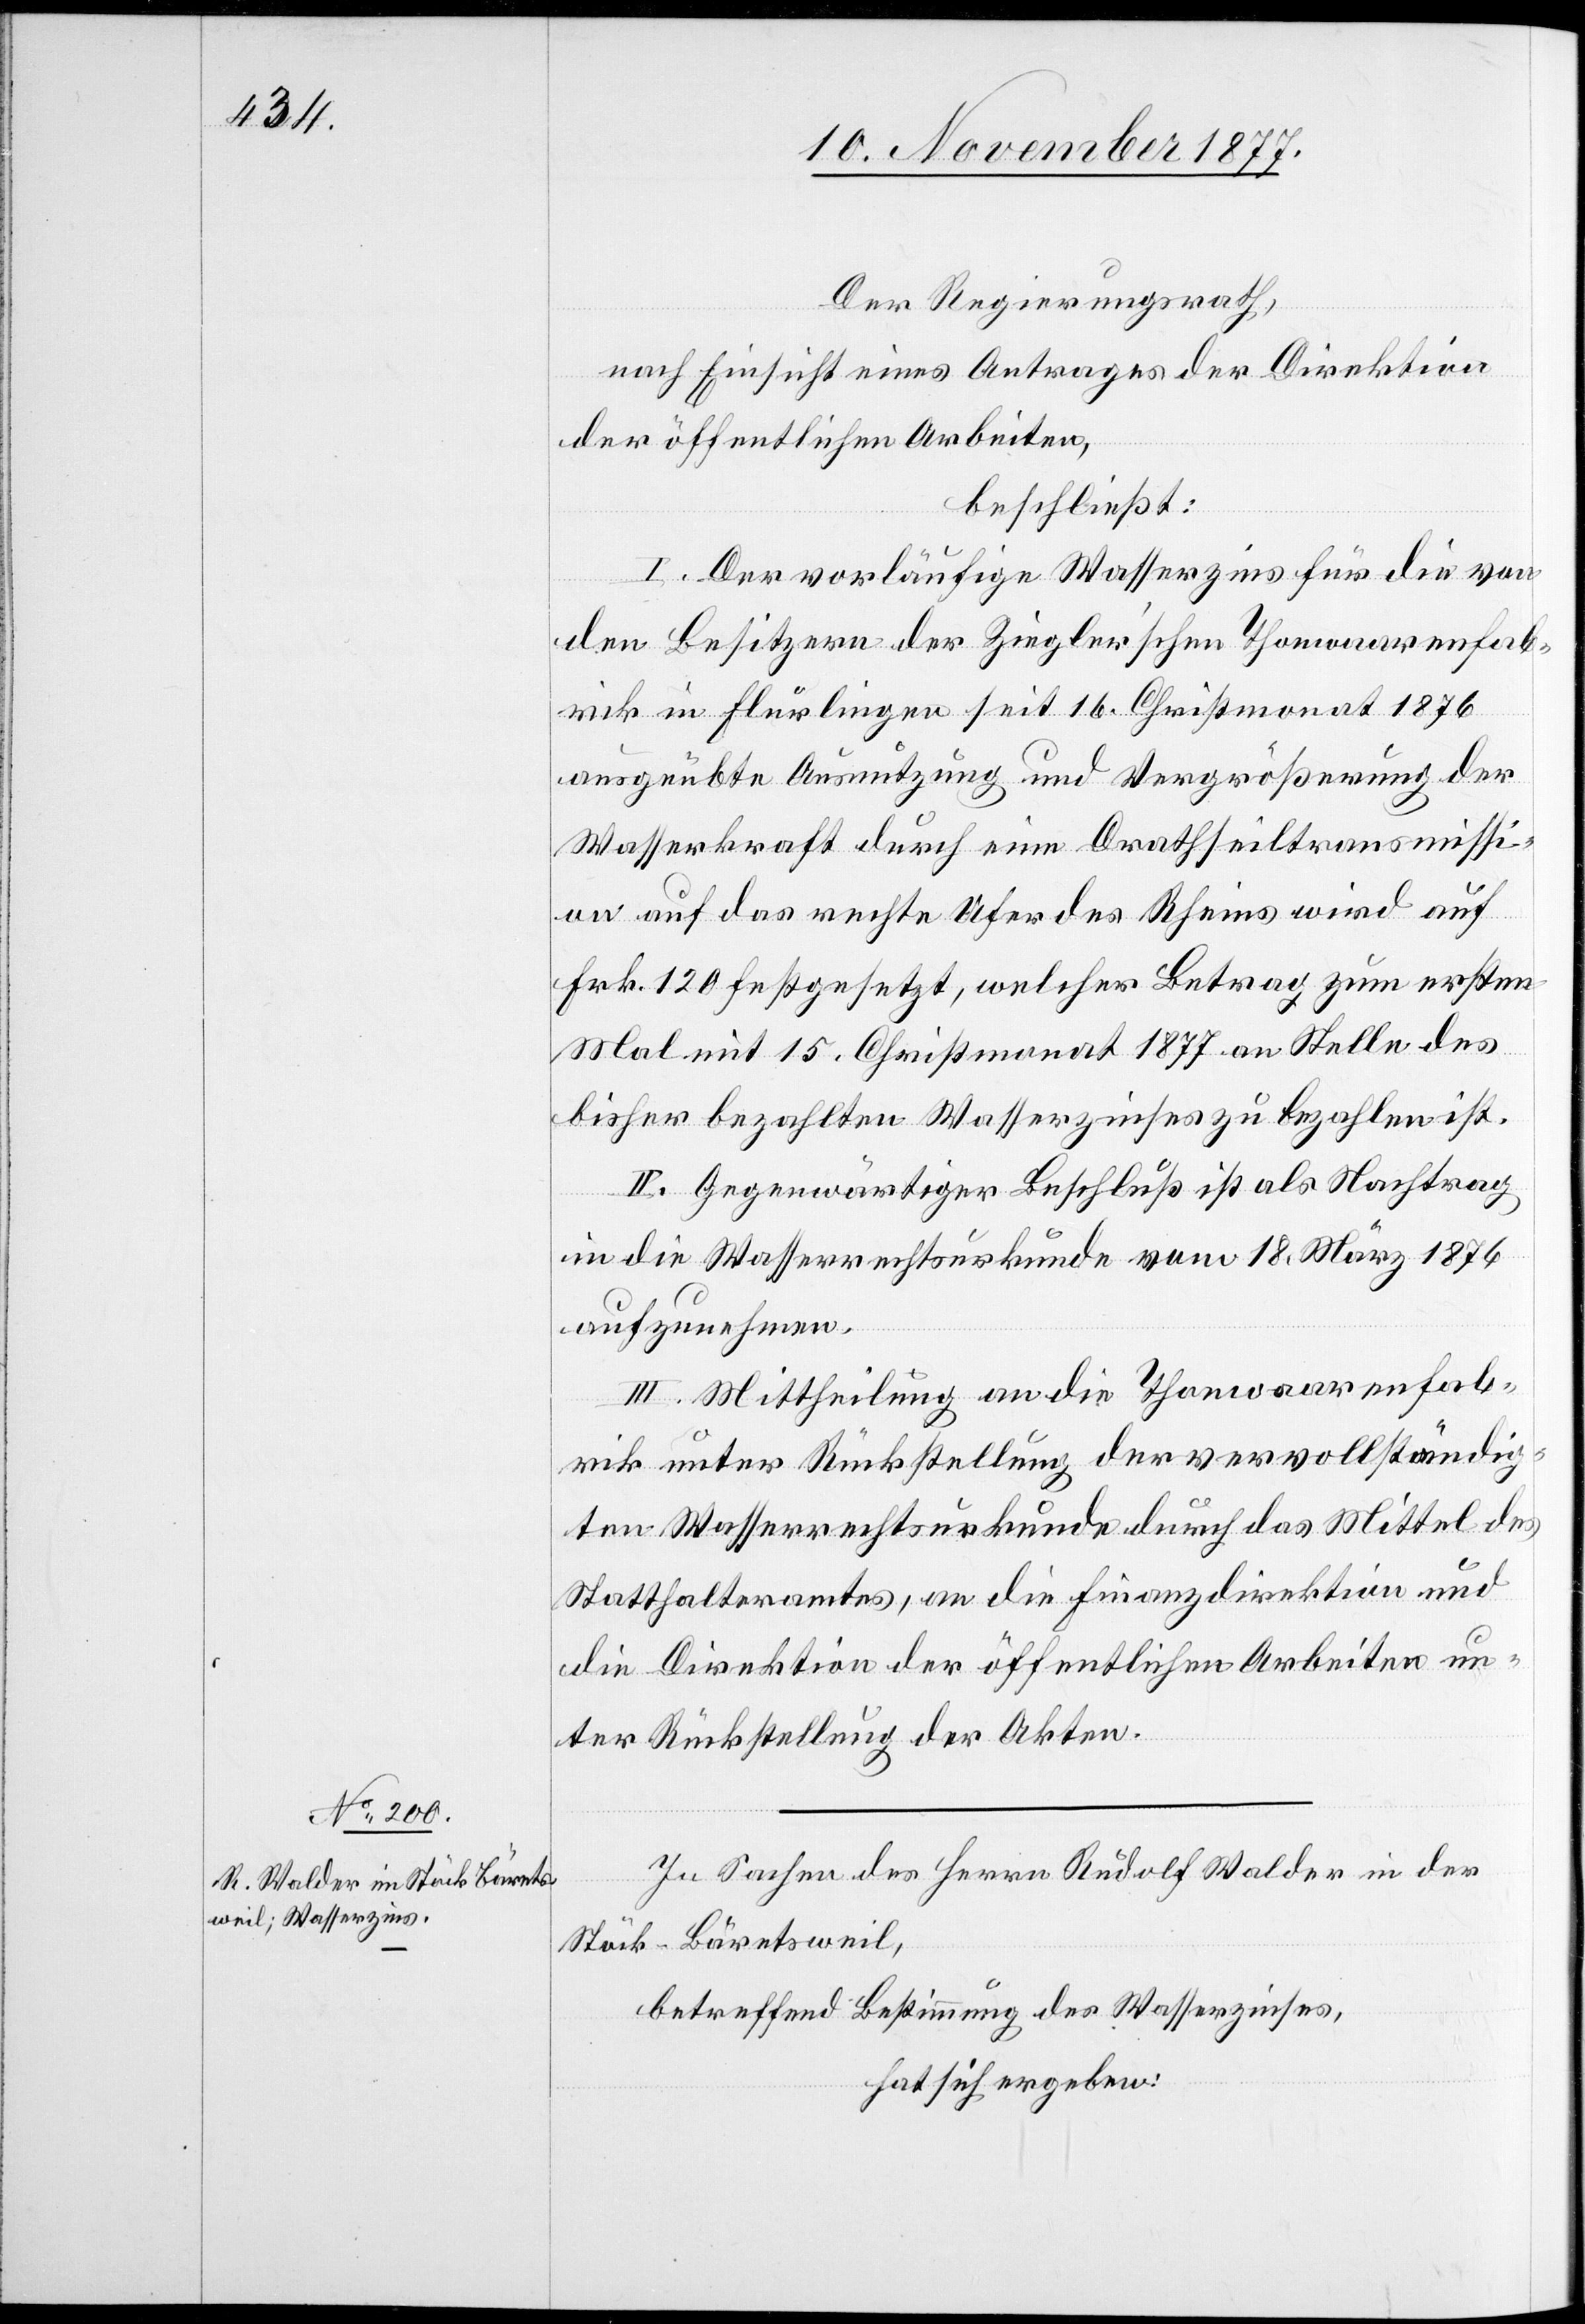
Der Regierungsrath,
nach Einsicht eines Antrages der Direktion
der öffentlichen Arbeiten,
beschließt:
I. Der vorläufige Wasserzins für die von
den Besitzern der Ziegler’schen Thonwaarenfab¬
rik in Flurlingen seit 16. Christmonat 1876
ausgeübte Ausnutzung und Vergrößerung der
Wasserkraft durch eine Drathseiltransmissi¬
on auf das rechte Ufer des Rheins wird auf
Frk. 120 festgesetzt, welcher Betrag zum ersten
Mal mit 15. Christmonat 1877 an Stelle des
bisher bezahlten Wasserzinses zu bezahlen ist.
II. Gegenwärtiger Beschluß ist als Nachtrag
in die Wasserrechtsurkunde vom 18. März 1876
aufzunehmen.
III. Mittheilung an die Thonwaarenfab¬
rik unter Rückstellung der vervollständig¬
ten Wasserrechtsurkunde durch das Mittel des
Statthalteramtes, an die Finanzdirektion und
die Direktion der öffentlichen Arbeiten un¬
ter Rückstellung der Akten.
In Sachen des Herrn Rudolf Walder in der
Stöck - Bäretsweil,
betreffend Bestimmung des Wasserzinses,
hat sich ergeben: